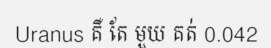
Uranus គឺ តែ មួយ គត់ 0.042